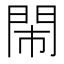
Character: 閙